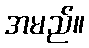
အမည်။